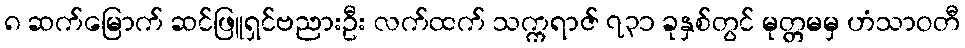
၈ ဆက်မြောက် ဆင်ဖြူရှင်ဗညားဦး လက်ထက် သက္ကရာဇ် ၇၃၁ ခုနှစ်တွင် မုတ္တမမှ ဟံသာဝတီ